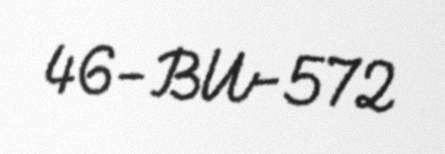
46-BU-572